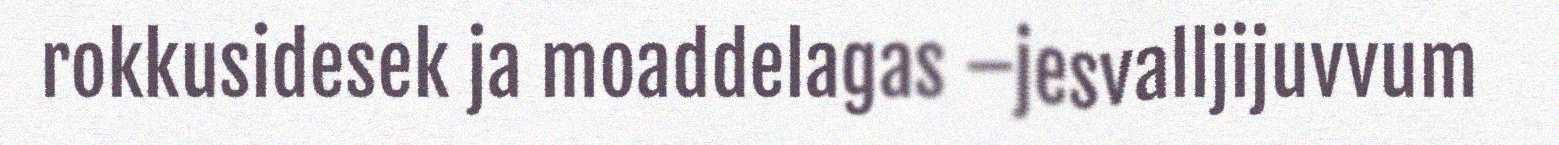
rokkusidesek ja moaddelagas –jesvalljijuvvum